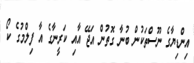
އިންޑިޔާގެ ނޫސްތަކުން ބުނާ ގޮތުން އަޖޭ އާއި ކަރީނާގެ އާ ފިލްމުގެ ކޯ